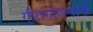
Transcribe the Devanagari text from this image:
गीतगायनाचे